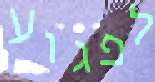
לפגוע